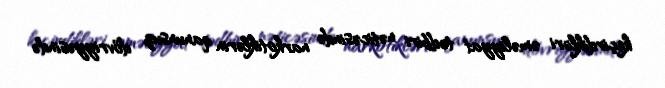
keçirdikləri əməliyyat tədbiri nəticəsində narkotiklərin qanunsuz dövriyyəsində